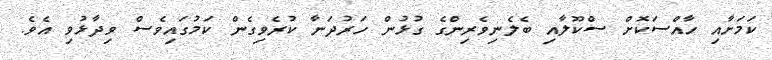
ކަމަށާއި ހާއްސަކޮށް ސްކޫލާއި ބެލެނިވެރިންގެ ގުޅުން ހަރުދަނާ ކުރެވިގެން ކަމުގައިވެސް ވިދާޅުވި އެވެ.